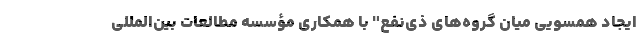
ایجاد همسویی میان گروه‌های ذی‌نفع" با همکاری مؤسسه مطالعات بین‌المللی